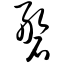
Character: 磐